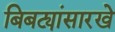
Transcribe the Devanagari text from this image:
बिबट्यांसारखे